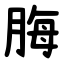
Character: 脢